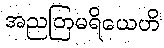
အညတြမရိယေဟိ